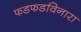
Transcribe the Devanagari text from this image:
फडफडविनारा